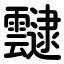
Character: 靆